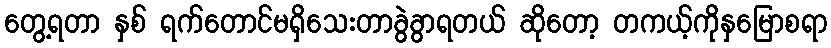
တွေ့ရတာ နှစ် ရက်တောင်မရှိသေးတာခွဲခွာရတယ် ဆိုတော့ တကယ့်ကိုနှမြောစရာ